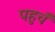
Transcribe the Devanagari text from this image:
पहुचँ